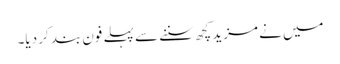
میں نے مزید کچھ سننے سے پہلے فون بند کر دیا۔